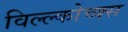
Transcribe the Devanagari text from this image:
विल्ल्कोच्क्स